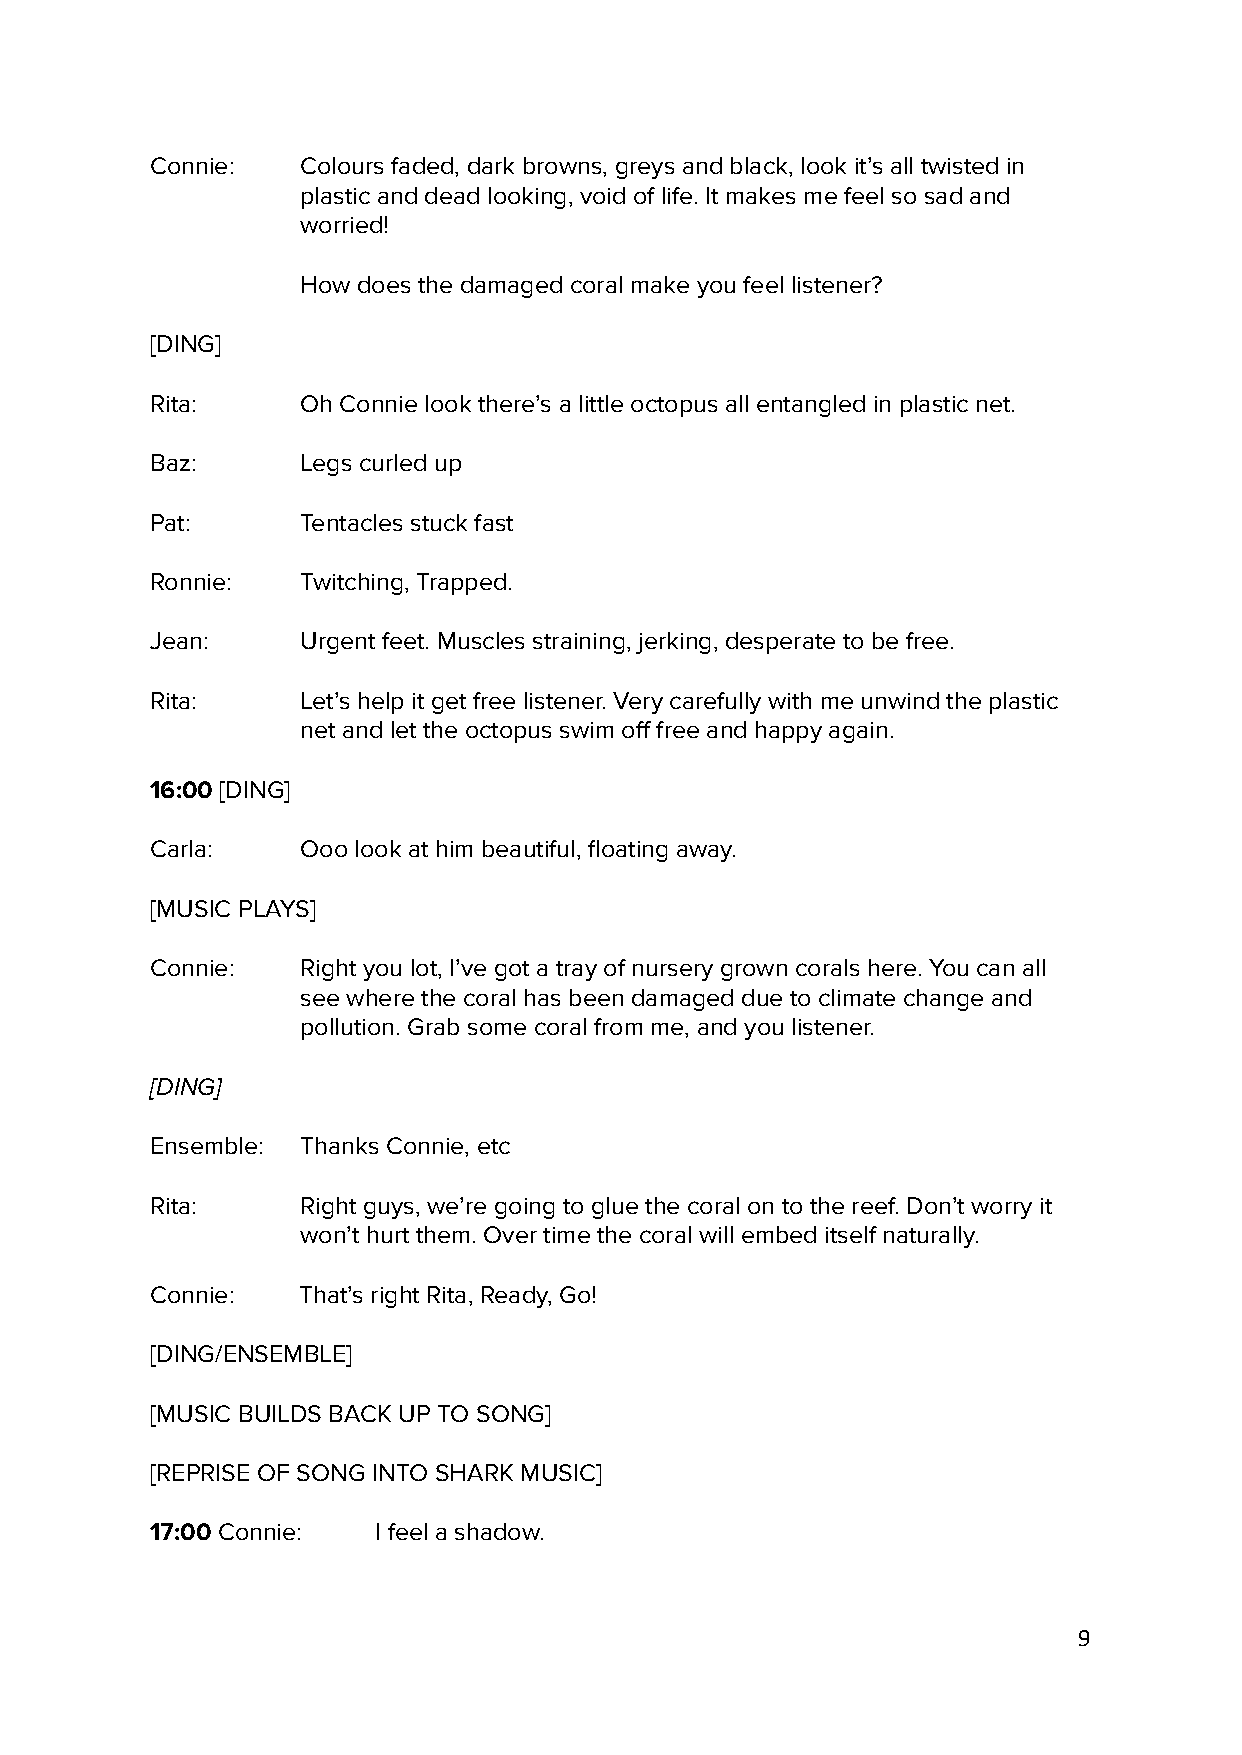
Connie:   Colours faded, dark browns, greys and black, look it’s all twisted in
 plastic and dead looking, void of life. It makes me feel so sad and
 worried!
 How does the damaged coral make you feel listener?
 [DING]
 Rita:     Oh Connie look there’s a little octopus all entangled in plastic net.
 Baz:      Legs curled up
 Pat:      Tentacles stuck fast
 Ronnie:   Twitching, Trapped.
 Jean:     Urgent feet. Muscles straining, jerking, desperate to be free.
 Rita:     Let’s help it get free listener. Very carefully with me unwind the plastic
 net and let the octopus swim off free and happy again.
 16:00 [DING]
 Carla:    Ooo look at him beautiful, floating away.
 [MUSIC PLAYS]
 Connie:   Right you lot, I’ve got a tray of nursery grown corals here. You can all
 see where the coral has been damaged due to climate change and
 pollution. Grab some coral from me, and you listener.
 [DING]
 Ensemble: Thanks Connie, etc
 Rita:     Right guys, we’re going to glue the coral on to the reef. Don’t worry it
 won’t hurt them. Over time the coral will embed itself naturally.
 Connie:   That’s right Rita, Ready, Go!
 [DING/ENSEMBLE]
 [MUSIC BUILDS BACK UP TO SONG]
 [REPRISE OF SONG INTO SHARK MUSIC]
 17:00 Connie:  I feel a shadow.
 9